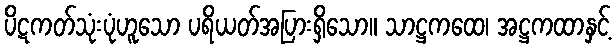
ပိဋကတ်သုံးပုံဟူသော ပရိယတ်အပြားရှိသော။ သာဋ္ဌကထေ၊ အဋ္ဌကထာနှင့်